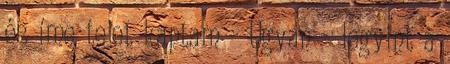
és íme tejet kaptam - Ugyan - legyint a